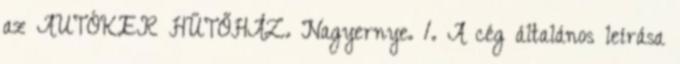
az AUTÓKER HŰTŐHÁZ. Nagyernye. 1. A cég általános leírása